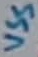
Text: VSS